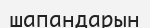
шапандарын